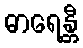
ဓာရေန္တီ